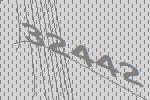
32442